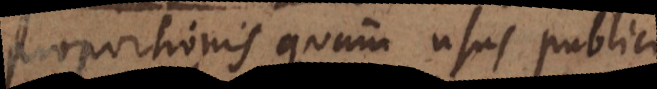
proportionis quam usus publici